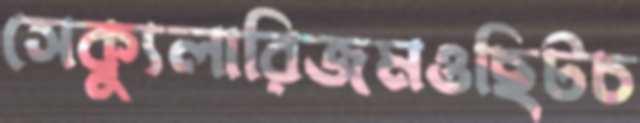
সেক্যুলারিজমওছিটচ